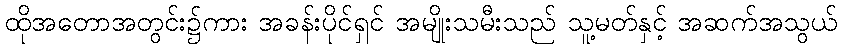
ထိုအတောအတွင်း၌ကား အခန်းပိုင်ရှင် အမျိုးသမီးသည် သူ့မတ်နှင့် အဆက်အသွယ်